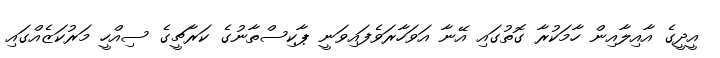
އީދީގެ އާއިލާއިން ހާމަކުރާ ގޮތުގައި އޭނާ އަވަހާރަވެފައިވަނީ ޕާކިސްތާނުގެ ކަރާޗީގެ ސިއްހީ މަރުކަޒެއްގައި